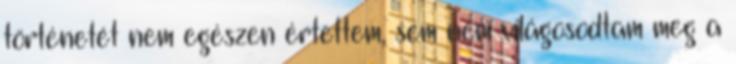
történetét nem egészen értettem, sem nem világosodtam meg a